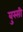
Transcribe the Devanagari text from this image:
बुस्सी